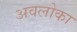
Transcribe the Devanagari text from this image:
अवलोका